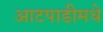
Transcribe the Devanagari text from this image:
आटपाडीमधे